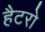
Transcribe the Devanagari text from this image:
हैटरो